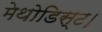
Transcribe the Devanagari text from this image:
मेथोडिस्ट।